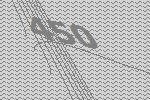
450